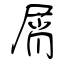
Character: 屑